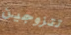
تتزوجين